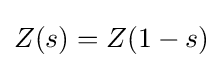
Z(s)=Z(1-s)